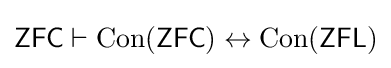
{\mathsf {ZFC}}\vdash \operatorname {Con} ({\mathsf {ZFC}})\leftrightarrow \operatorname {Con} ({\mathsf {ZFL}})